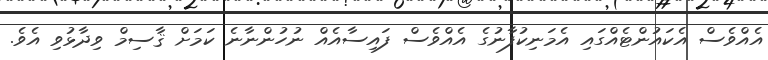
އެއްވެސް އެކައުންޓެއްގައި އެމަނިކުފާނުގެ އެއްވެސް ފައިސާއެއް ނުހުންނާނެ ކަމަށް ޤާސިމް ވިދާޅުވި އެވެ.